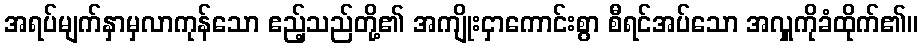
အရပ်မျက်နှာမှလာကုန်သော ဧည့်သည်တို့၏ အကျိုးငှာကောင်းစွာ စီရင်အပ်သော အလှူကိုခံထိုက်၏။